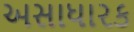
અસાધારક